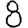
Digit: 8